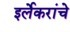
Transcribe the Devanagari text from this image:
इर्लेकरांचे